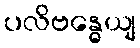
ပလိဗန္ဓေယျ